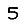
Digit: 5